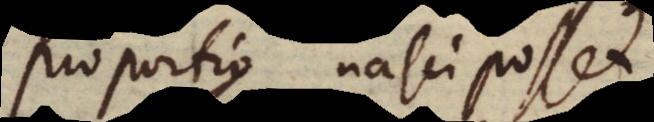
proportio nasci posset